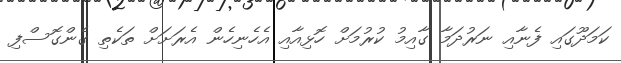
ކަމަދޫގައި ފެނާއި ނަރުދަމާ ގާއިމު ކުރުމަށް ހޮޅިއާއި އެހެނިހެން އެރަަށަށް ތަކެތި ގެންގޮސްފި